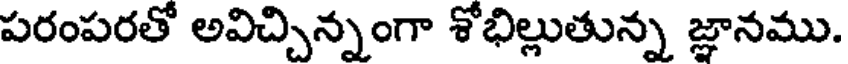
పరంపరతో అవిచ్చిన్నంగా శోభిల్లుతున్న జ్ఞానము.